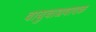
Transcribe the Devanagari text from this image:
वायुवाद्यवादक